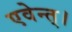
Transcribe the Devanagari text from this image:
एवेन्त्।